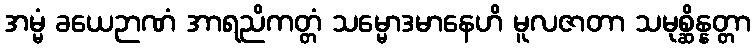
အမ္မံ ခယေဉာဏံ အာရညိကတ္တံ သမ္မောဒမာနေဟိ မူလဇာတာ သမုစ္ဆိန္နတ္တာ